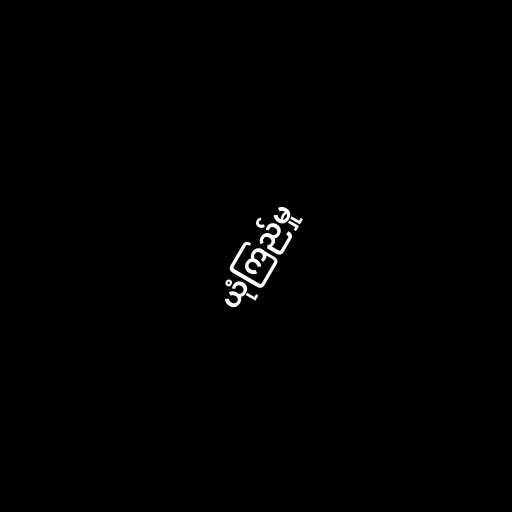
ယုံကြည်မှု